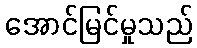
အောင်မြင်မှုသည်